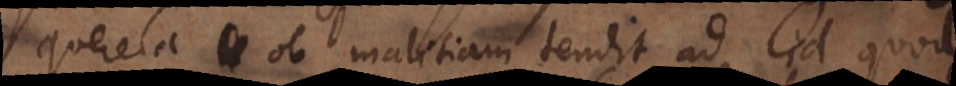
Querela ob malitiam tendit ad id quod